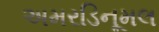
અમરડિનૂમલ